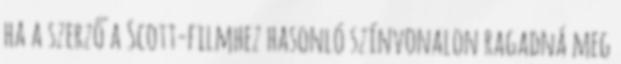
ha a szerző a Scott-filmhez hasonló színvonalon ragadná meg